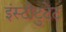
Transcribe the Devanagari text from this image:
इंस्टीटुटेट